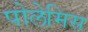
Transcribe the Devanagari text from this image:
पोलेमिस